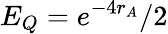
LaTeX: E_{Q}=e^{-4r_{A}}/2